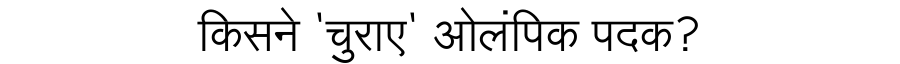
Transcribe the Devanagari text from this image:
किसने 'चुराए' ओलंपिक पदक?